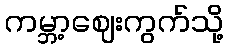
ကမ္ဘာ့ဈေးကွက်သို့